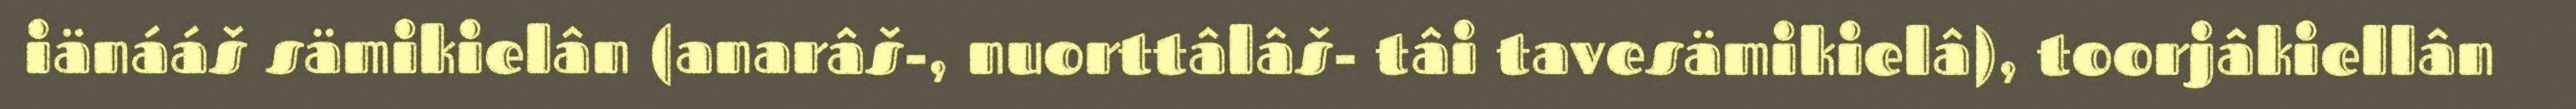
iänááš sämikielân (anarâš-, nuorttâlâš- tâi tavesämikielâ), toorjâkiellân